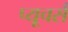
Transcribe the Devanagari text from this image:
प्यूचर्स